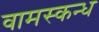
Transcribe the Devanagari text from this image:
वामस्कन्ध